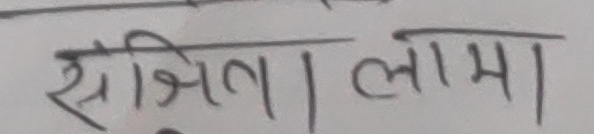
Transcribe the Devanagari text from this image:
सजिता लामा